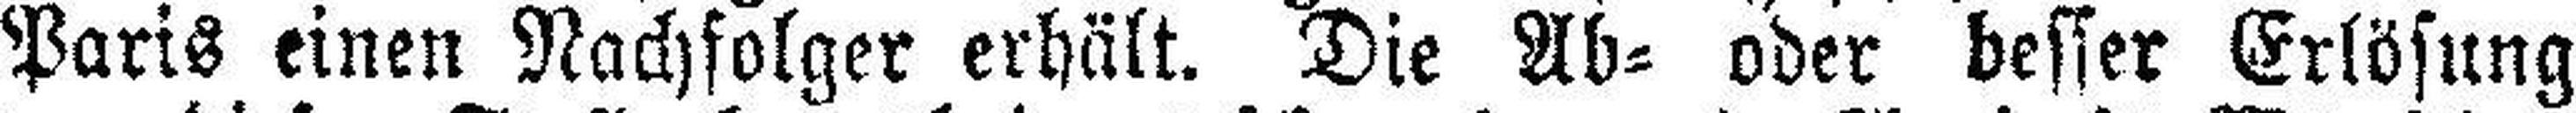
Paris einen Nachfolger erhält. Die Ab= oder besser Erlösung